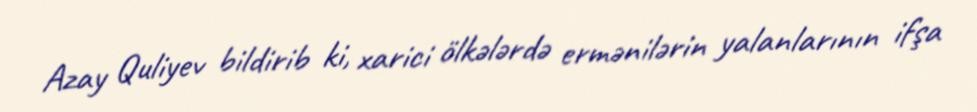
Azay Quliyev bildirib ki, xarici ölkələrdə ermənilərin yalanlarının ifşa